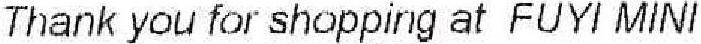
THANK YOU FOR SHOPPING AT FUYI MINI